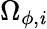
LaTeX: \Omega_{\phi,\mathit{i}}